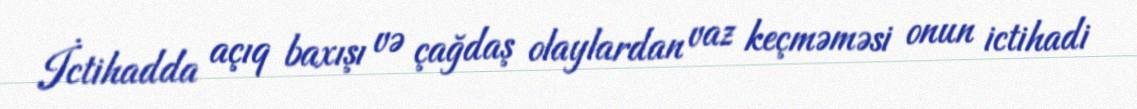
İctihadda açıq baxışı və çağdaş olaylardan vaz keçməməsi onun ictihadi